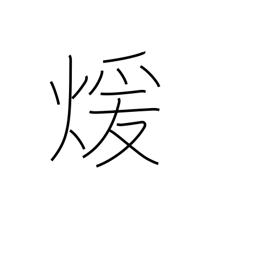
Meaning: warm